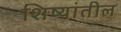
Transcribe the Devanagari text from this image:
शिष्यांतील